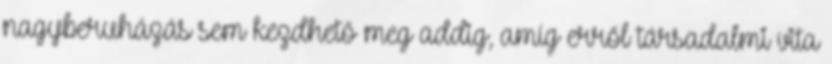
nagyberuházás sem kezdhető meg addig, amíg erről társadalmi vita